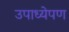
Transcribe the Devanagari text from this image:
उपाध्येपण